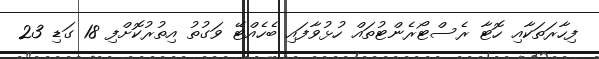
ފިހާރަތަކާއި ހޮޓާ ރެސްޓޯރެންޓުތައް ހުޅުވާފައި ބެހެއްޓޭ ވަގުތު އިތުރުކޮށްފި 18 ގަޑި 23